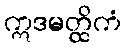
ဣဒမတ္ထိကံ